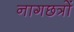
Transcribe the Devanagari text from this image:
नागछत्रों